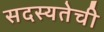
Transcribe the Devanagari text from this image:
सदस्यतेची